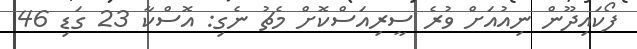
ފޯކައިދޫން ނިއުއަށް ވުރެ ސީރިއަސްކޮށް މެޗު ނެގި: އޮސްކާ 23 ގަޑި 46